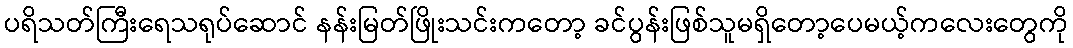
ပရိသတ်ကြီးရေသရုပ်ဆောင် နန်းမြတ်ဖြိုးသင်းကတော့ ခင်ပွန်းဖြစ်သူမရှိတော့ပေမယ့်ကလေးတွေကို